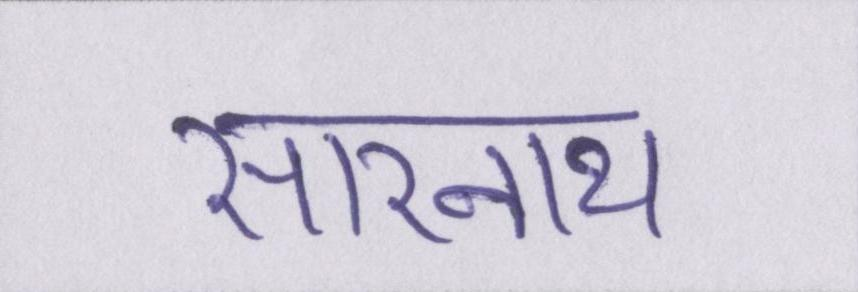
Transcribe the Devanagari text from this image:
सारनाथ